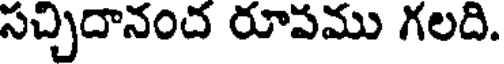
సచ్చిదానంద రూపము గలది.